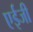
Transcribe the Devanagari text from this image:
एईजी